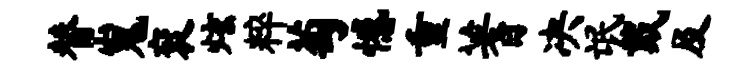
替嵬衮炫粹萄憾重蓍决氓戴及